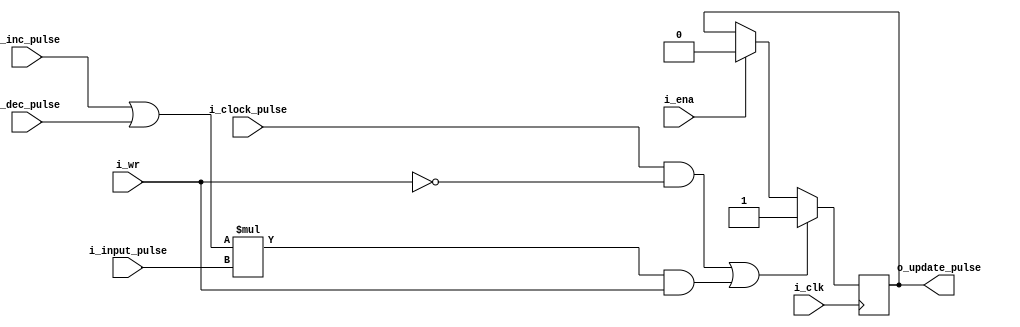
`timescale 1ns / 1ps
//////////////////////////////////////////////////////////////////////////////////
// Company: 
// Engineer: 
// 
// Design Name: 
// Module Name:    ST7066U_update_pulse 
// Project Name: 
// Target Devices: 
// Tool versions: 
// Description: 
//
// Dependencies: 
//
// Revision: 
// Revision 0.01 - File Created
// Additional Comments: 
//
//////////////////////////////////////////////////////////////////////////////////
module ST7066U_update_pulse(
    input i_clk,
    input i_ena,
    input i_clock_pulse,
    input i_input_pulse,
	 input i_inc_pulse,
	 input i_dec_pulse,
    input i_wr,
    output reg o_update_pulse
    );
	 
	 always @(posedge i_clk) begin
		if ((i_clock_pulse&~i_wr)|((i_inc_pulse|i_dec_pulse)*i_input_pulse&i_wr)) o_update_pulse <= 1'b1;
		else if (i_ena) o_update_pulse <= 1'b0;
	 end

endmodule